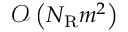
\mathcal { O } \left( N _ { \mathrm { R } } m ^ { 2 } \right)